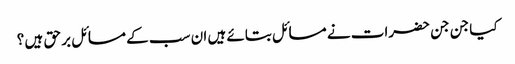
کیا جن جن حضرات نے مسائل بتائے ہیں ان سب کے مسائل بر حق ہیں ؟